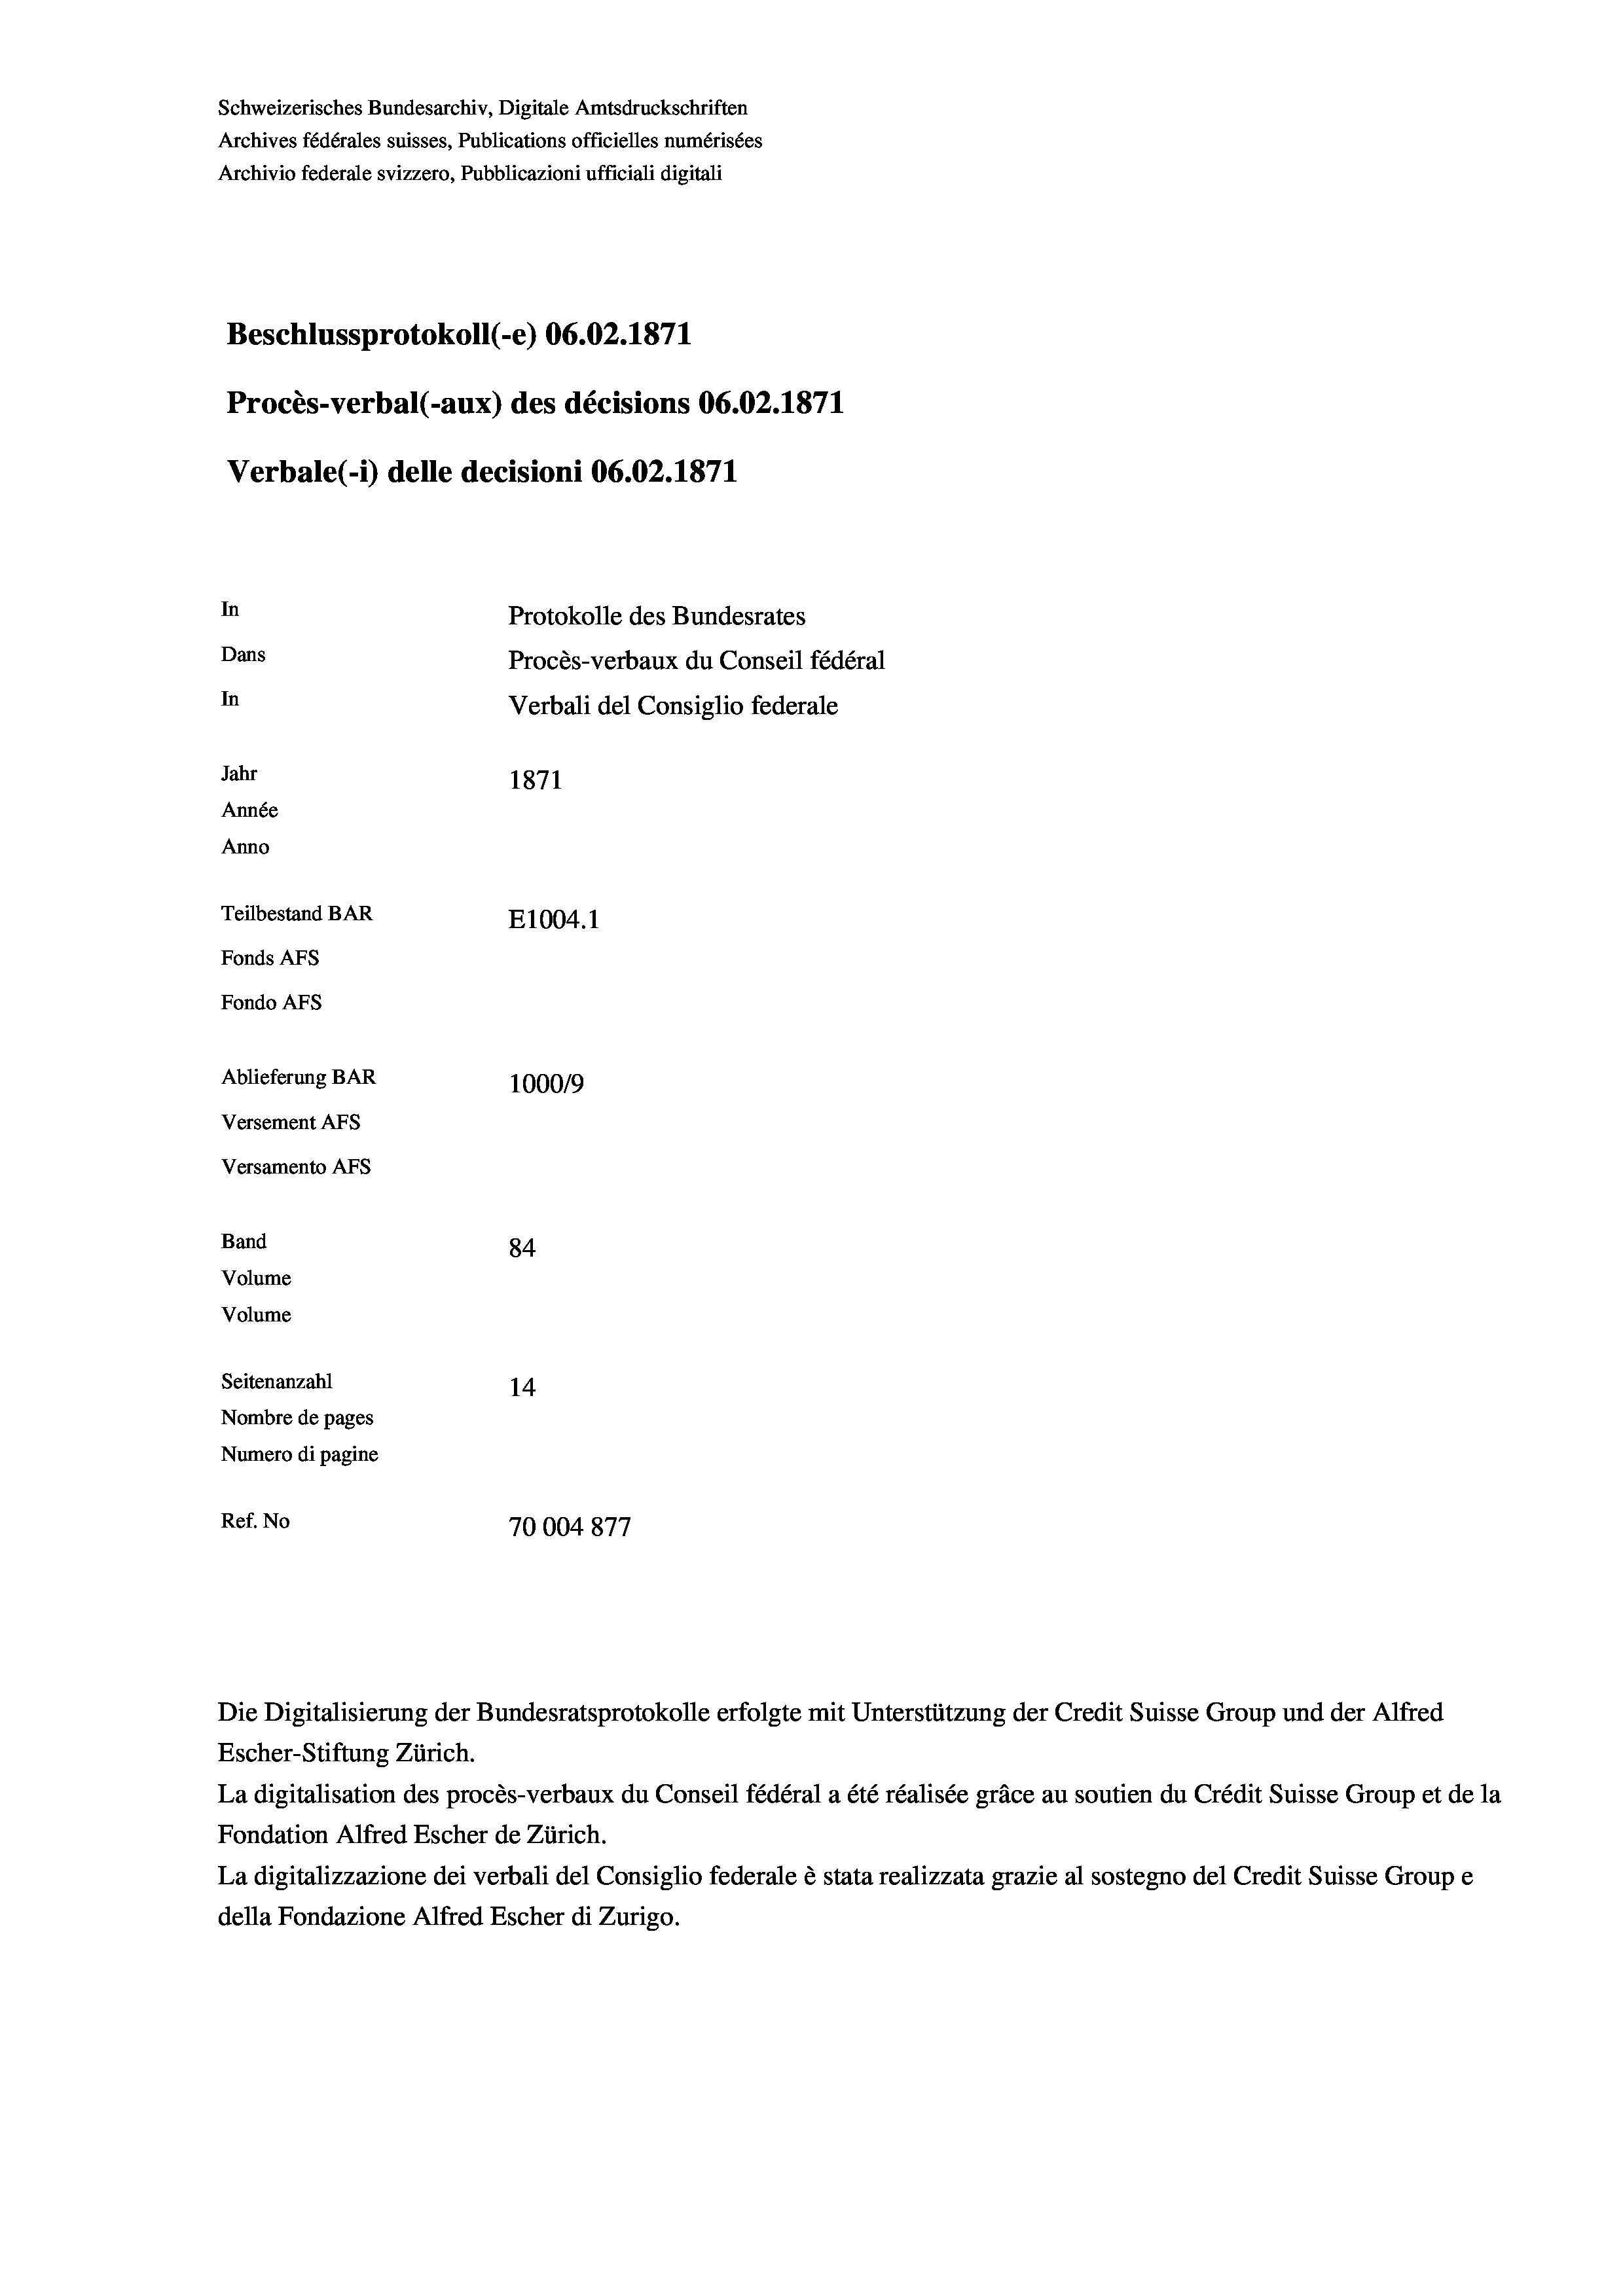
Schweizerisches Bundesarchiv, Digitale Amtsdruckschriften
Archives fédérales suisses, Publications officielles numérisées
Archivio federale svizzero, Pubblicazioni ufficiali digitali
Beschlussprotokoll (-e) 06.02. 1871
Procès-verbal (-aux) des décisions 06.02. 1871
Verbale (- 1) delle decisioni 06.02. 1871
In
Protokolle des Bundesrates
Dans
Procès-verbaux du Conseil fédéral
In
Verbali del Consiglio federale
Jahr
1871
Année
Anno
Teilbestand BAR
E1004. 1
Fonds AFs
Fondo AFs
Ablieferung BAR
100019
Versement Abs
Versamento AFs
Band
84
Volume
Volume
Seitenanzahl
14
Nombre de pages
Numero di pagine

Ref. No
70004877

Escher-Stiftung Zürich.
La digitalisation des procès-verbaux du Conseil fédéral a été réalisée gräce au soutien du Crédit Suisse Group et de la
Fondation Alfred Escher de Zürich.
La digitalizzazione dei verbali del Consiglio federale è stata realizzata grazie al sostegno del Credit Suisse Groupe
della Fondazione Alfred Escher di Zurigo.

Die Digitalisierung der Bundesratsprotokolle erfolgte mit Unterstützung der Credit Suisse Group und der Alfred